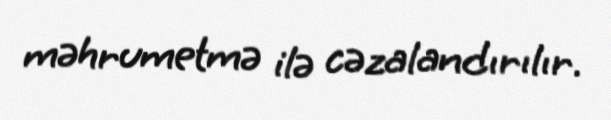
məhrumetmə ilə cəzalandırılır.